Preparation of a safe and efficient antirabic vaccine - Number 44
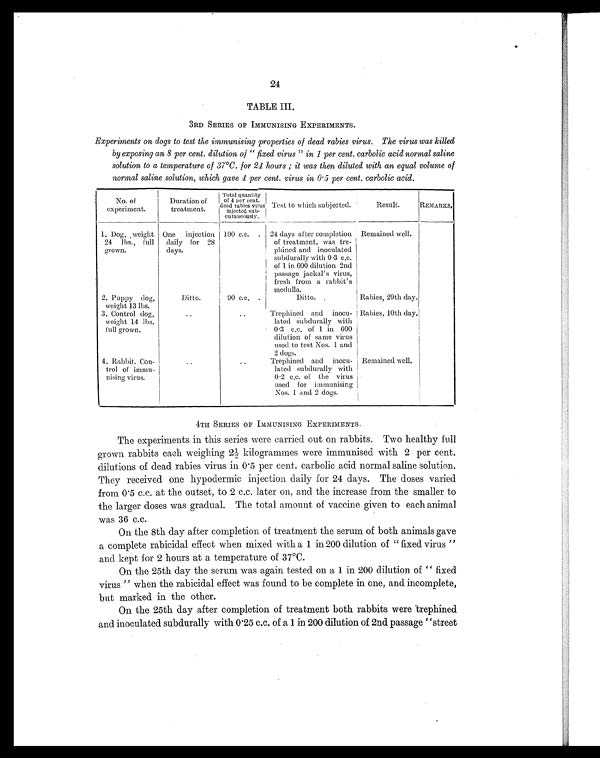
24
TABLE III.
3RD SERIES OF IMMUNISING EXPERIMENTS.
Experiments on dogs to test the immunising properties of dead rabies virus. The virus was killed
by exposing an 8 per cent. dilution of "fixed virus" in 1 per cent. carbolic acid normal saline
solution to a temperature of 37ºC. for 24 hours ; it was then diluted with an equal volume of
normal saline solution, which gave 4 p er cent. virus in 0.5 per cent. carbolic acid.
No. of
experiment.
Duration of
treatment.
Total quantity
of 4 per cent.
dead rabies virus
injected sub-
cutaneously.
Test to which subjected.
Result.
REMARKS
.
1. Dog, weight
24 lbs., full
grown.
One injection
daily for 28
days.
100 c.c. . 24 days after completion
of treatment, was tre-
phined and inoculated
subdurally with 0.3 c.c.
of 1 in 600 dilution 2nd
passage jackal's virus,
fresh from a rabbit's
medulla.
Remained well.
2. Puppy dog,
weight 13 lbs.
Ditto.
90 c.c. .
Ditto. .
Rabies, 29th day.
3. Control dog
weight 14 lbs.
full grown.
..
..
Trephined and inocu-
lated subdurally with
0.3 c.c. of 1 in 600
dilution of same virus
used to test Nos. 1 and
2 dogs.
Rabies, 10th day.
4. Rabbit. Con-
trol of immu-
nising virus.
..
..
Trephined and inocu-
lated subdurally with
0.2 c.c. of the virus
used for immunising
Nos. 1 and 2 dogs.
Remained well.
4TH SERIES OF IMMUNISING EXPERIMENTS.
The experiments in this series were carried out on rabbits. Two healthy full
grown rabbits each weighing 2½ kilogrammes were immunised with 2 per cent.
dilutions of dead rabies virus in 0.5 per cent. carbolic acid normal saline solution.
They received one hypodermic injection daily for 24 days. The doses varied
from 0.5 c.c. at the outset, to 2 c.c. later on, and the increase from the smaller to
the larger doses was gradual. The total amount of vaccine given to each animal
was 36 c.c.
On the 8th day after completion of treatment the serum of both animals gave
a complete rabicidal effect when mixed with a 1 in 200 dilution of "fixed virus"
and kept for 2 hours at a temperature of 37ºC.
On the 25th day the serum was again tested on a 1 in 200 dilution of "fixed
virus" when the rabicidal effect was found to be complete in one, and incomplete,
but marked in the other.
On the 25th day after completion of treatment both rabbits were trephined
and inoculated subdurally with 0.25 c.c. of a 1 in 200 dilution of 2nd passage "street